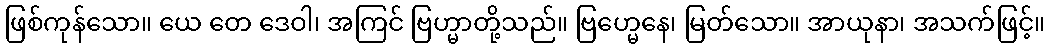
ဖြစ်ကုန်သော။ ယေ တေ ဒေဝါ၊ အကြင် ဗြဟ္မာတို့သည်။ ဗြဟ္မေနေ၊ မြတ်သော။ အာယုနာ၊ အသက်ဖြင့်။